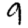
Digit: 9